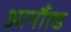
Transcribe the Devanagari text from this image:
आर्नौल्ड